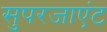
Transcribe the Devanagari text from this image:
सुपरजाएंट